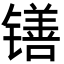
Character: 䦅